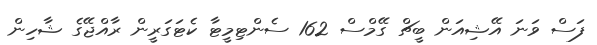
ފަސް ވަނަ އޭޝިއަން ބީޗް ގޭމްސް 162 ސެންޓިމީޓާ ކެޓަގަރީން ރާއްޖޭގެ ޝާހިން